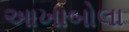
આખાબોલા